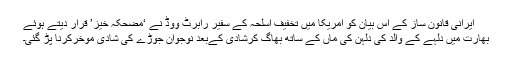
ایرانی قانون ساز کے اس بیان کو امریکا میں تخفیف اسلحہ کے سفیر رابرٹ ووڈ نے ‘مضحکہ خیز’ قرار دیتے ہوئے
بھارت میں دُلہے کے والد کی دُلہن کی ماں کے ساتھ بھاگ کرشادی کےبعد نوجوان جوڑے کی شادی موخرکرنا پڑ گئی۔